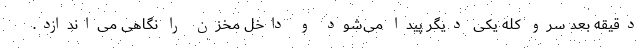
دقیقه بعد سرو کله یکی دیگر پیدا می‌شود و داخل مخزن را نگاهی می‌اندازد.